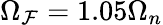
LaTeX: \Omega_{\mathcal{F}}=1.05\Omega_{n}